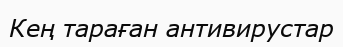
Кең тараған антивирустар